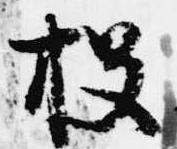
投